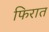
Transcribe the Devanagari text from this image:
फिरात